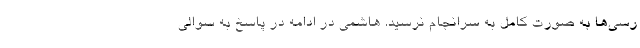
رسی‌ها به صورت کامل به سرانجام نرسید. هاشمی در ادامه در پاسخ به سوالی